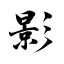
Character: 影